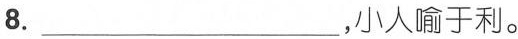
8.___，小人喻于利。